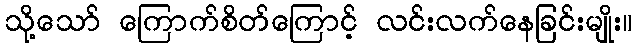
သို့သော် ကြောက်စိတ်ကြောင့် လင်းလက်နေခြင်းမျိုး။